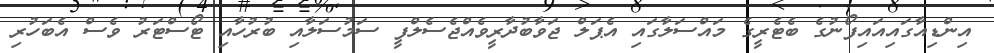
އިންޑިއާގައިއައިފޯނުގެ ބެޓެރީގެ މައްސަލާގައި އެޕަލް ޖަވާބުދާރީވެއްޖެސެލްފީ ސަމުސަލާއި ބުރުހާއި ޓޯސްޓަރު ވެސް އެބަހުރި